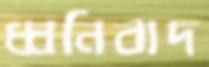
ধ্বনিবাদ